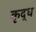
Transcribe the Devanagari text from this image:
कृद्ध